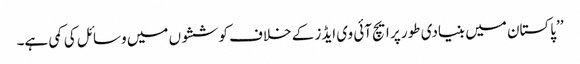
’’پاکستان میں بنیادی طور پر ایچ آئی وی ایڈز کے خلاف کوششوں میں وسائل کی کمی ہے۔